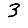
Digit: 3